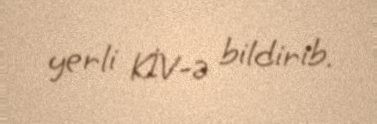
yerli KİV-ə bildirib.